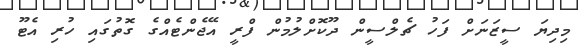
މިދިޔަ ސީޒަނަށް ފަހު ޗެލްސީން ދޫކޮށްލުމުން ފްރީ އޭޖެންޓެއްގެ ގޮތުގައި ހުރި އެޓޫ